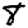
Digit: 8